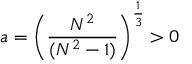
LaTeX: a = \left( \frac { N ^ { 2 } } { ( N ^ { 2 } - 1 ) } \right) ^ { \frac { 1 } { 3 } } > 0